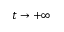
t \rightarrow + \infty